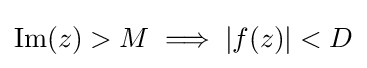
\operatorname {Im} (z)>M\implies |f(z)|<D